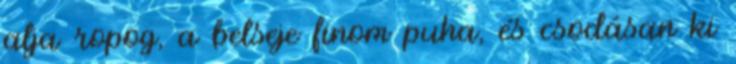
alja ropog, a belseje finom puha, és csodásan ki